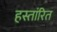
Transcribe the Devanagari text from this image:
हस्तांरित